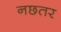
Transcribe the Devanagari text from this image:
नछतर